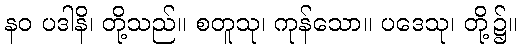
နဝ ပဒါနိ၊ တို့သည်။ စတူသု၊ ကုန်သော။ ပဒေသု၊ တို့၌။